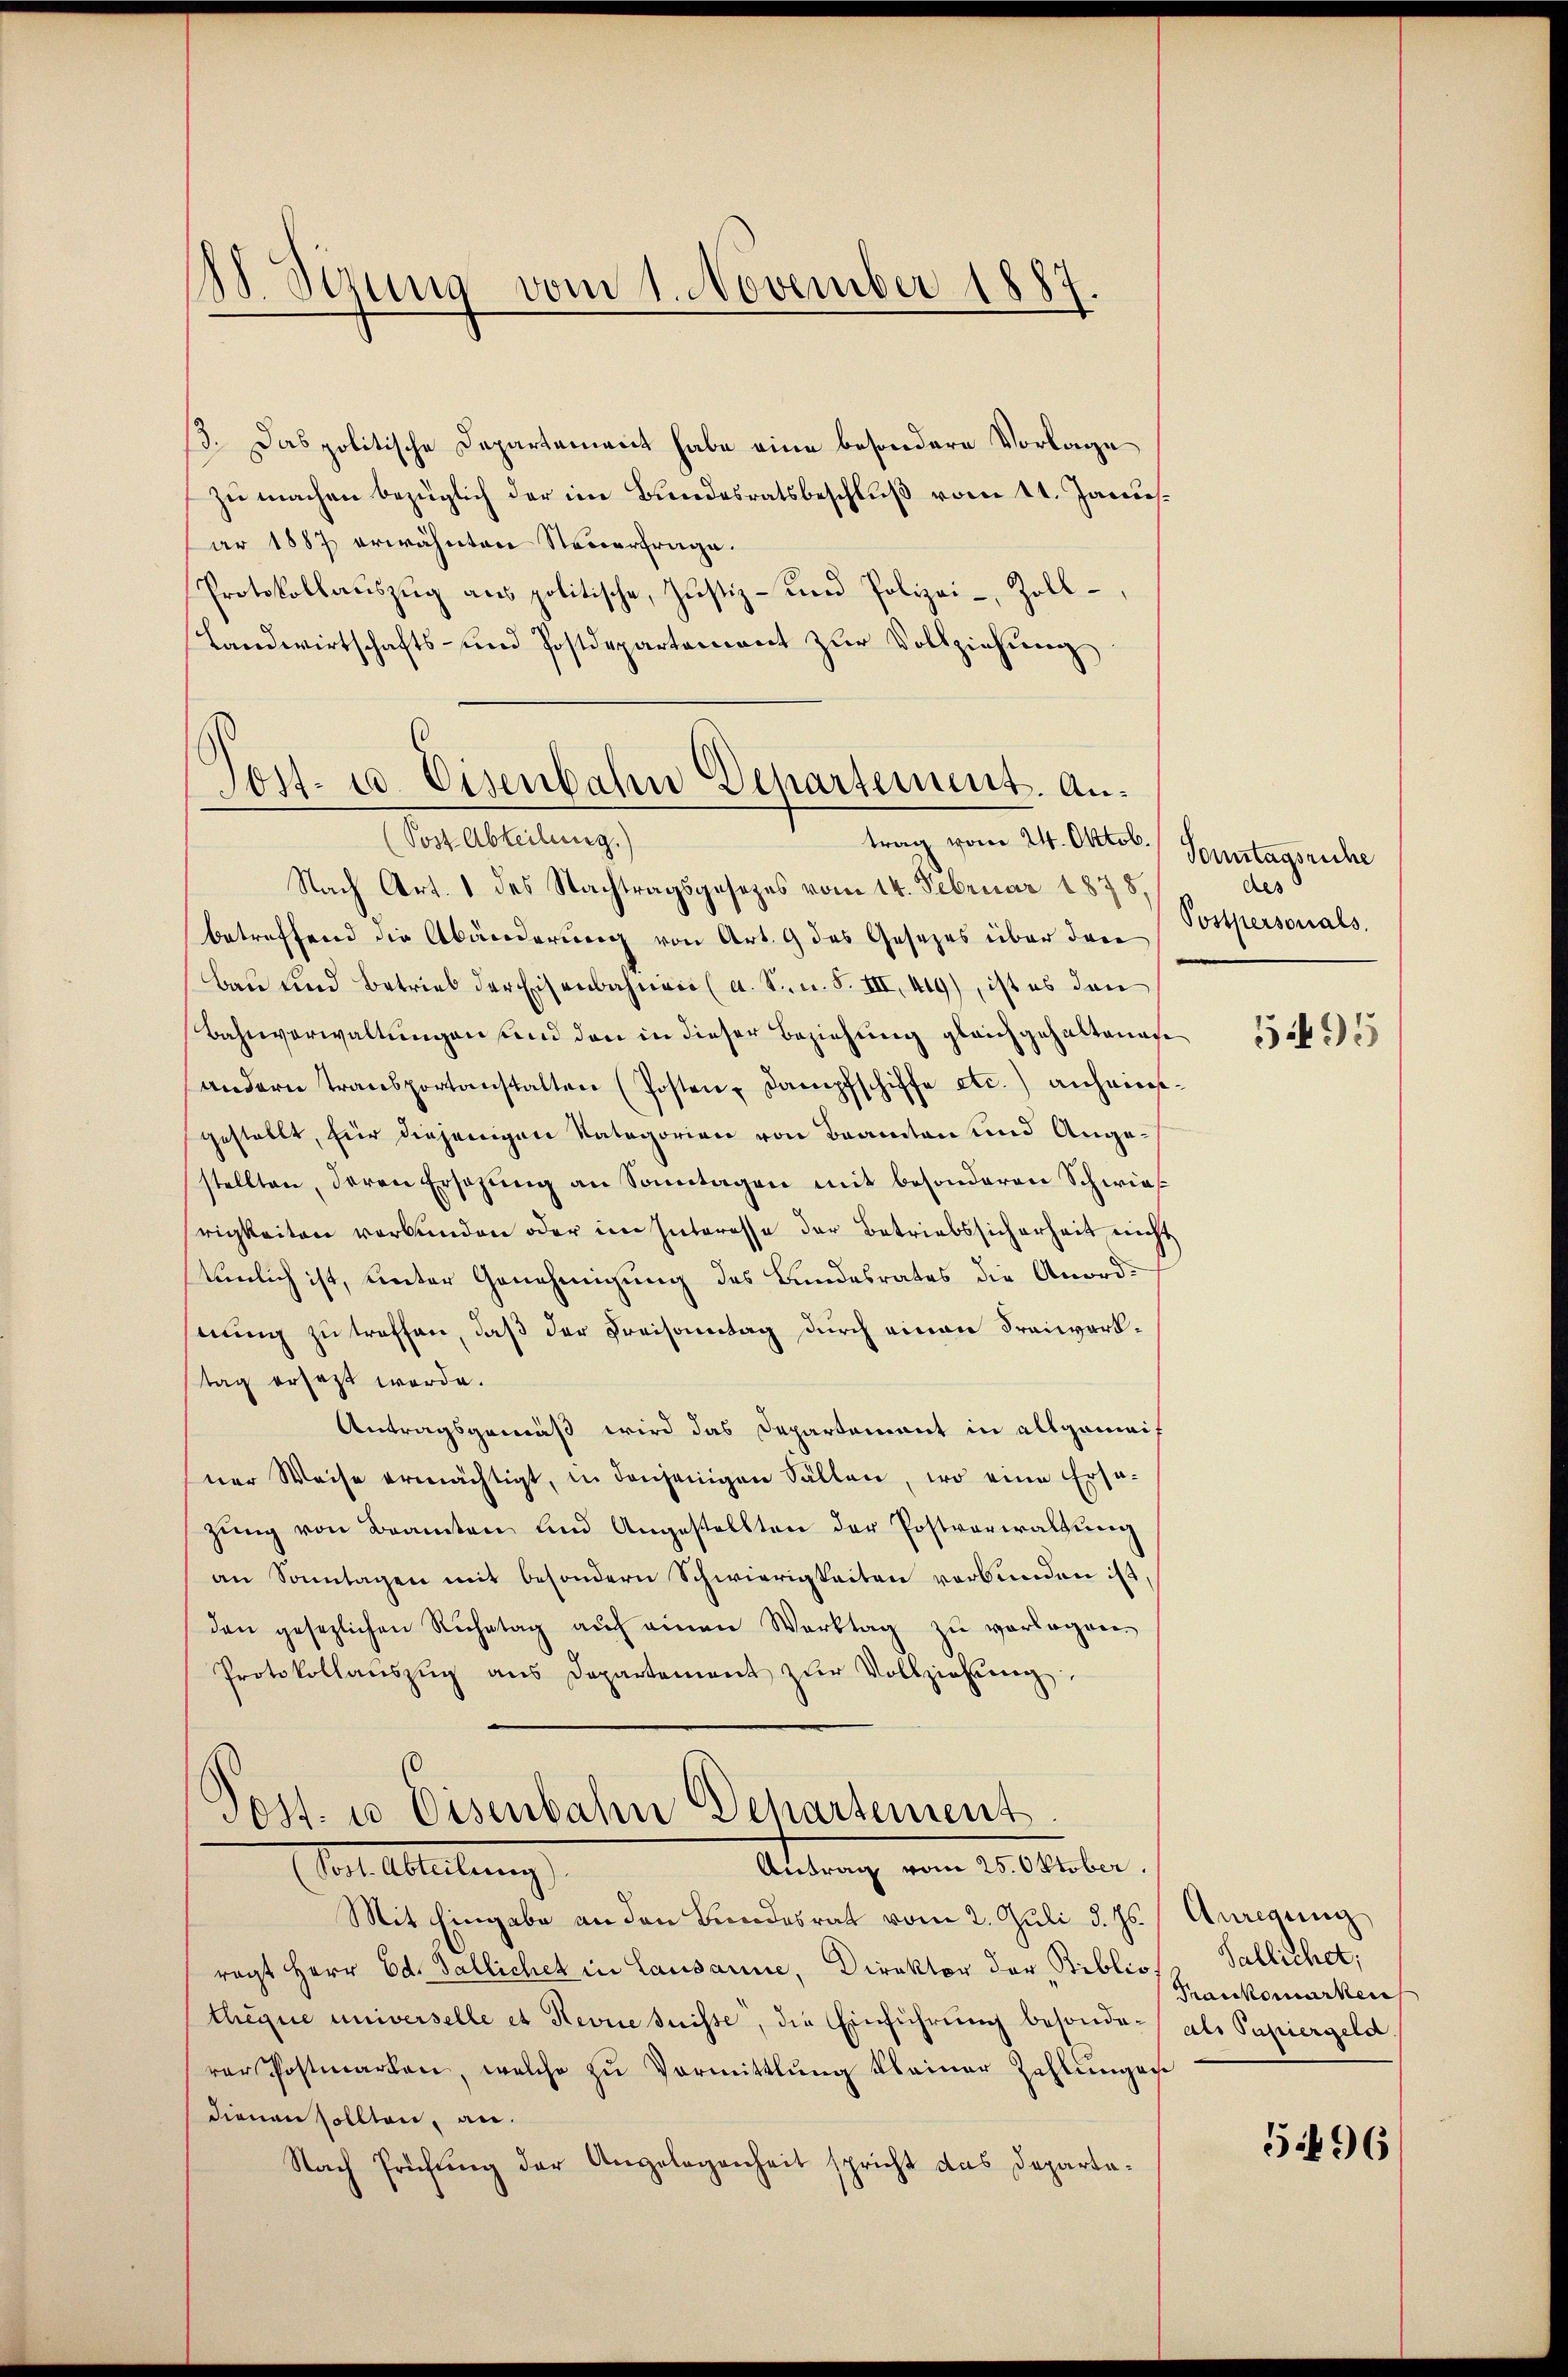
48. Sezung vom 1. November 1887.

13. Das politische Departement habe eine besondere Vorlage
zu machen bezüglich der im Bundesratsbeschluß vom 11. Janus.
ar 1887 erwähnten Neuerfrage.
Protokollaŭszŭg aŭs politische, Justiz- und Polizei- Zoll¬
Landwirtschafts- und Postdepartament zŭr Vollziehŭng

Post- u. Eisenbahn Departement. An¬
(Post Abteilung.)
trag vom 24. Oktob.

Post. in Eisenbahn Departement
Antrag vom 25. Oktober.
 Abteilung

Nach Art. 1 des Nachtragsgesetzes vom 14. Februar 1878,
betreffend die Abänderung von Art. 9 das Gesezes über den
bau und Betrieb der Eisenbahnen (a. S.n. S. III 419), ist es den
Bahnverwaltungen und den in dieser Beziehung gleichgehaltenen
(andern transportanstalten (Posten Dampfschiffe etc.) anhainstgestellt, für diejenigen Kategorien von Beamten und Angestellten, deren Ersetzŭng an Sonntagen mit besonderen Schwies
rigkeiten verbunden oder im Interesse der Betriebssicherheit nicht
tunlich ist, unter Genehmigung des Bundesrates die Anordnung zu treffen, daß der Kreisamtag durch einen Freiwerktag ersetzt werde.
Antragsgemäß wird das Departement in allgemeif
ner Weise ermächtigt, in denjenigen Fällen, wo eine Ersazŭng von Beamten und Angestellten der Postverwaltung
an Sonntagen mit besondern Schwierigkeiten verbunden ist,
den gesezlichen Ruhetag aŭch einen Werttag zu verlogen.
Protokollaŭszŭg ans Departement zŭr Vollziehung.

Mit Eingabe an den Bundesrat vom 2. Juli d. Js. Anregung
ragt Herr Ed. Ballichet in Lausanne, Direktor der Biblios Pallichet,
thegne universelle et Revue suisse, die Einführung besonder als Papiergeld
rer Postmarken, welche zu Vormittlung kleiner Zahlungen
dienen sollten, an.
Nach Prüfŭng der Angelegenheit spricht das Departa-

Tonntagsriche
des
Postpersonals.

Trankomarken

5496